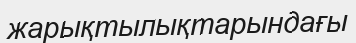
жарықтылықтарындағы